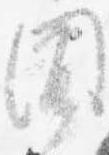
聞